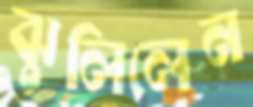
ঝুলিলেন